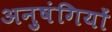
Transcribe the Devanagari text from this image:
अनुषंगियों